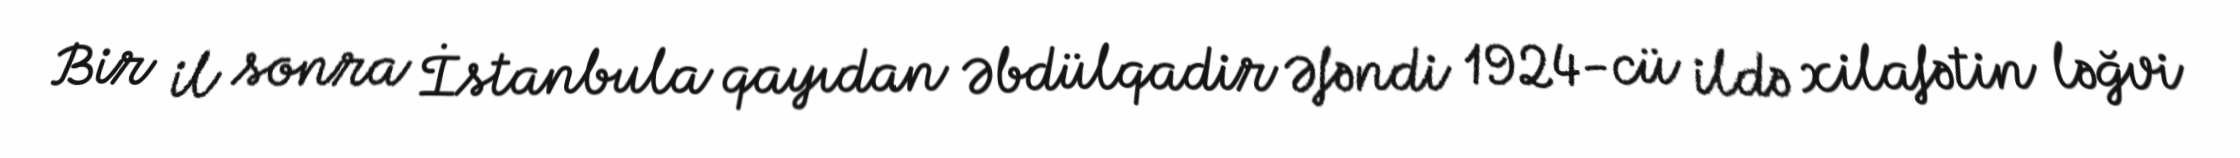
Bir il sonra İstanbula qayıdan Əbdülqadir Əfəndi 1924-cü ildə xilafətin ləğvi